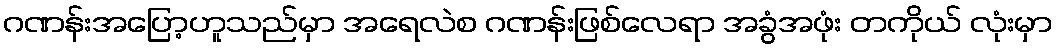
ဂဏန်းအပြော့ဟူသည်မှာ အရေလဲစ ဂဏန်းဖြစ်လေရာ အခွံအဖုံး တကိုယ် လုံးမှာ